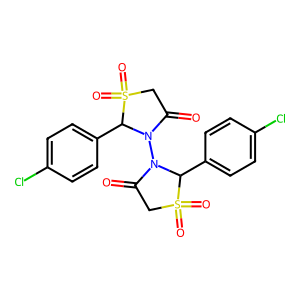
SMILES: O=C1CS(=O)(=O)C(c2ccc(Cl)cc2)N1N1C(=O)CS(=O)(=O)C1c1ccc(Cl)cc1
Inhibits HIV replication: No